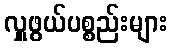
လှူဖွယ်ပစ္စည်းများ